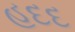
હદદ